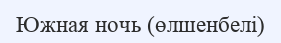
Южная ночь (өлшенбелі)